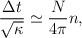
\begin{align*}\frac{\Delta t}{\sqrt \kappa} \simeq \frac{N}{4 \pi} n,\end{align*}